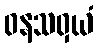
ဝနသဝှယံ